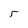
Character: 5